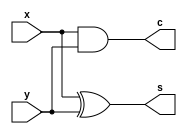
`timescale 1ns / 1ps
//////////////////////////////////////////////////////////////////////////////////
// Company: 
// Engineer: 
// 
// Design Name: 
// Module Name: half_adder
// Project Name: 
// Target Devices: 
// Tool Versions: 
// Description: 
// 
// Dependencies: 
// 
// Revision:
// Revision 0.01 - File Created
// Additional Comments:
// 
//////////////////////////////////////////////////////////////////////////////////


module half_adder(
input x ,y,
output c,s
    );
    
    assign s = x^y;
    assign c = x & y;
endmodule